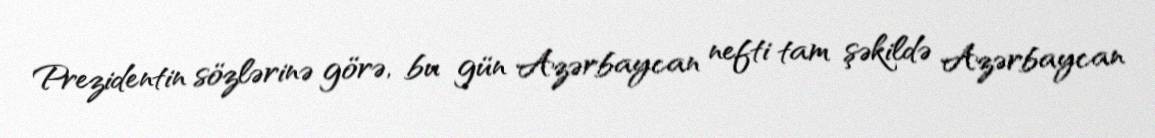
Prezidentin sözlərinə görə, bu gün Azərbaycan nefti tam şəkildə Azərbaycan